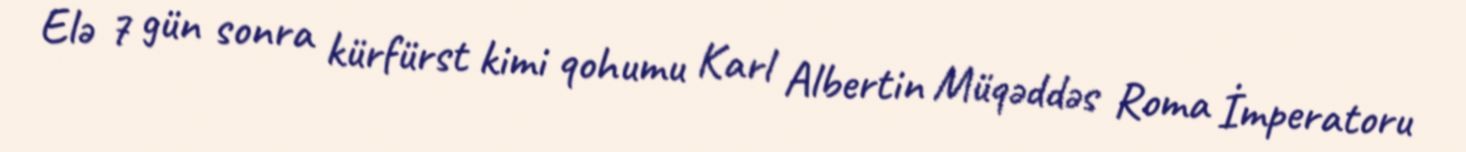
Elə 7 gün sonra kürfürst kimi qohumu Karl Albertin Müqəddəs Roma İmperatoru